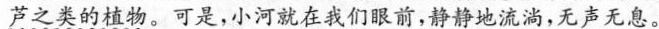
芦之类的植物。可是，小河就在我们眼前，静静地流淌，无声无息。